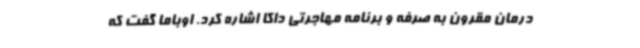
درمان مقرون به صرفه و برنامه مهاجرتی داکا اشاره کرد. اوباما گفت که